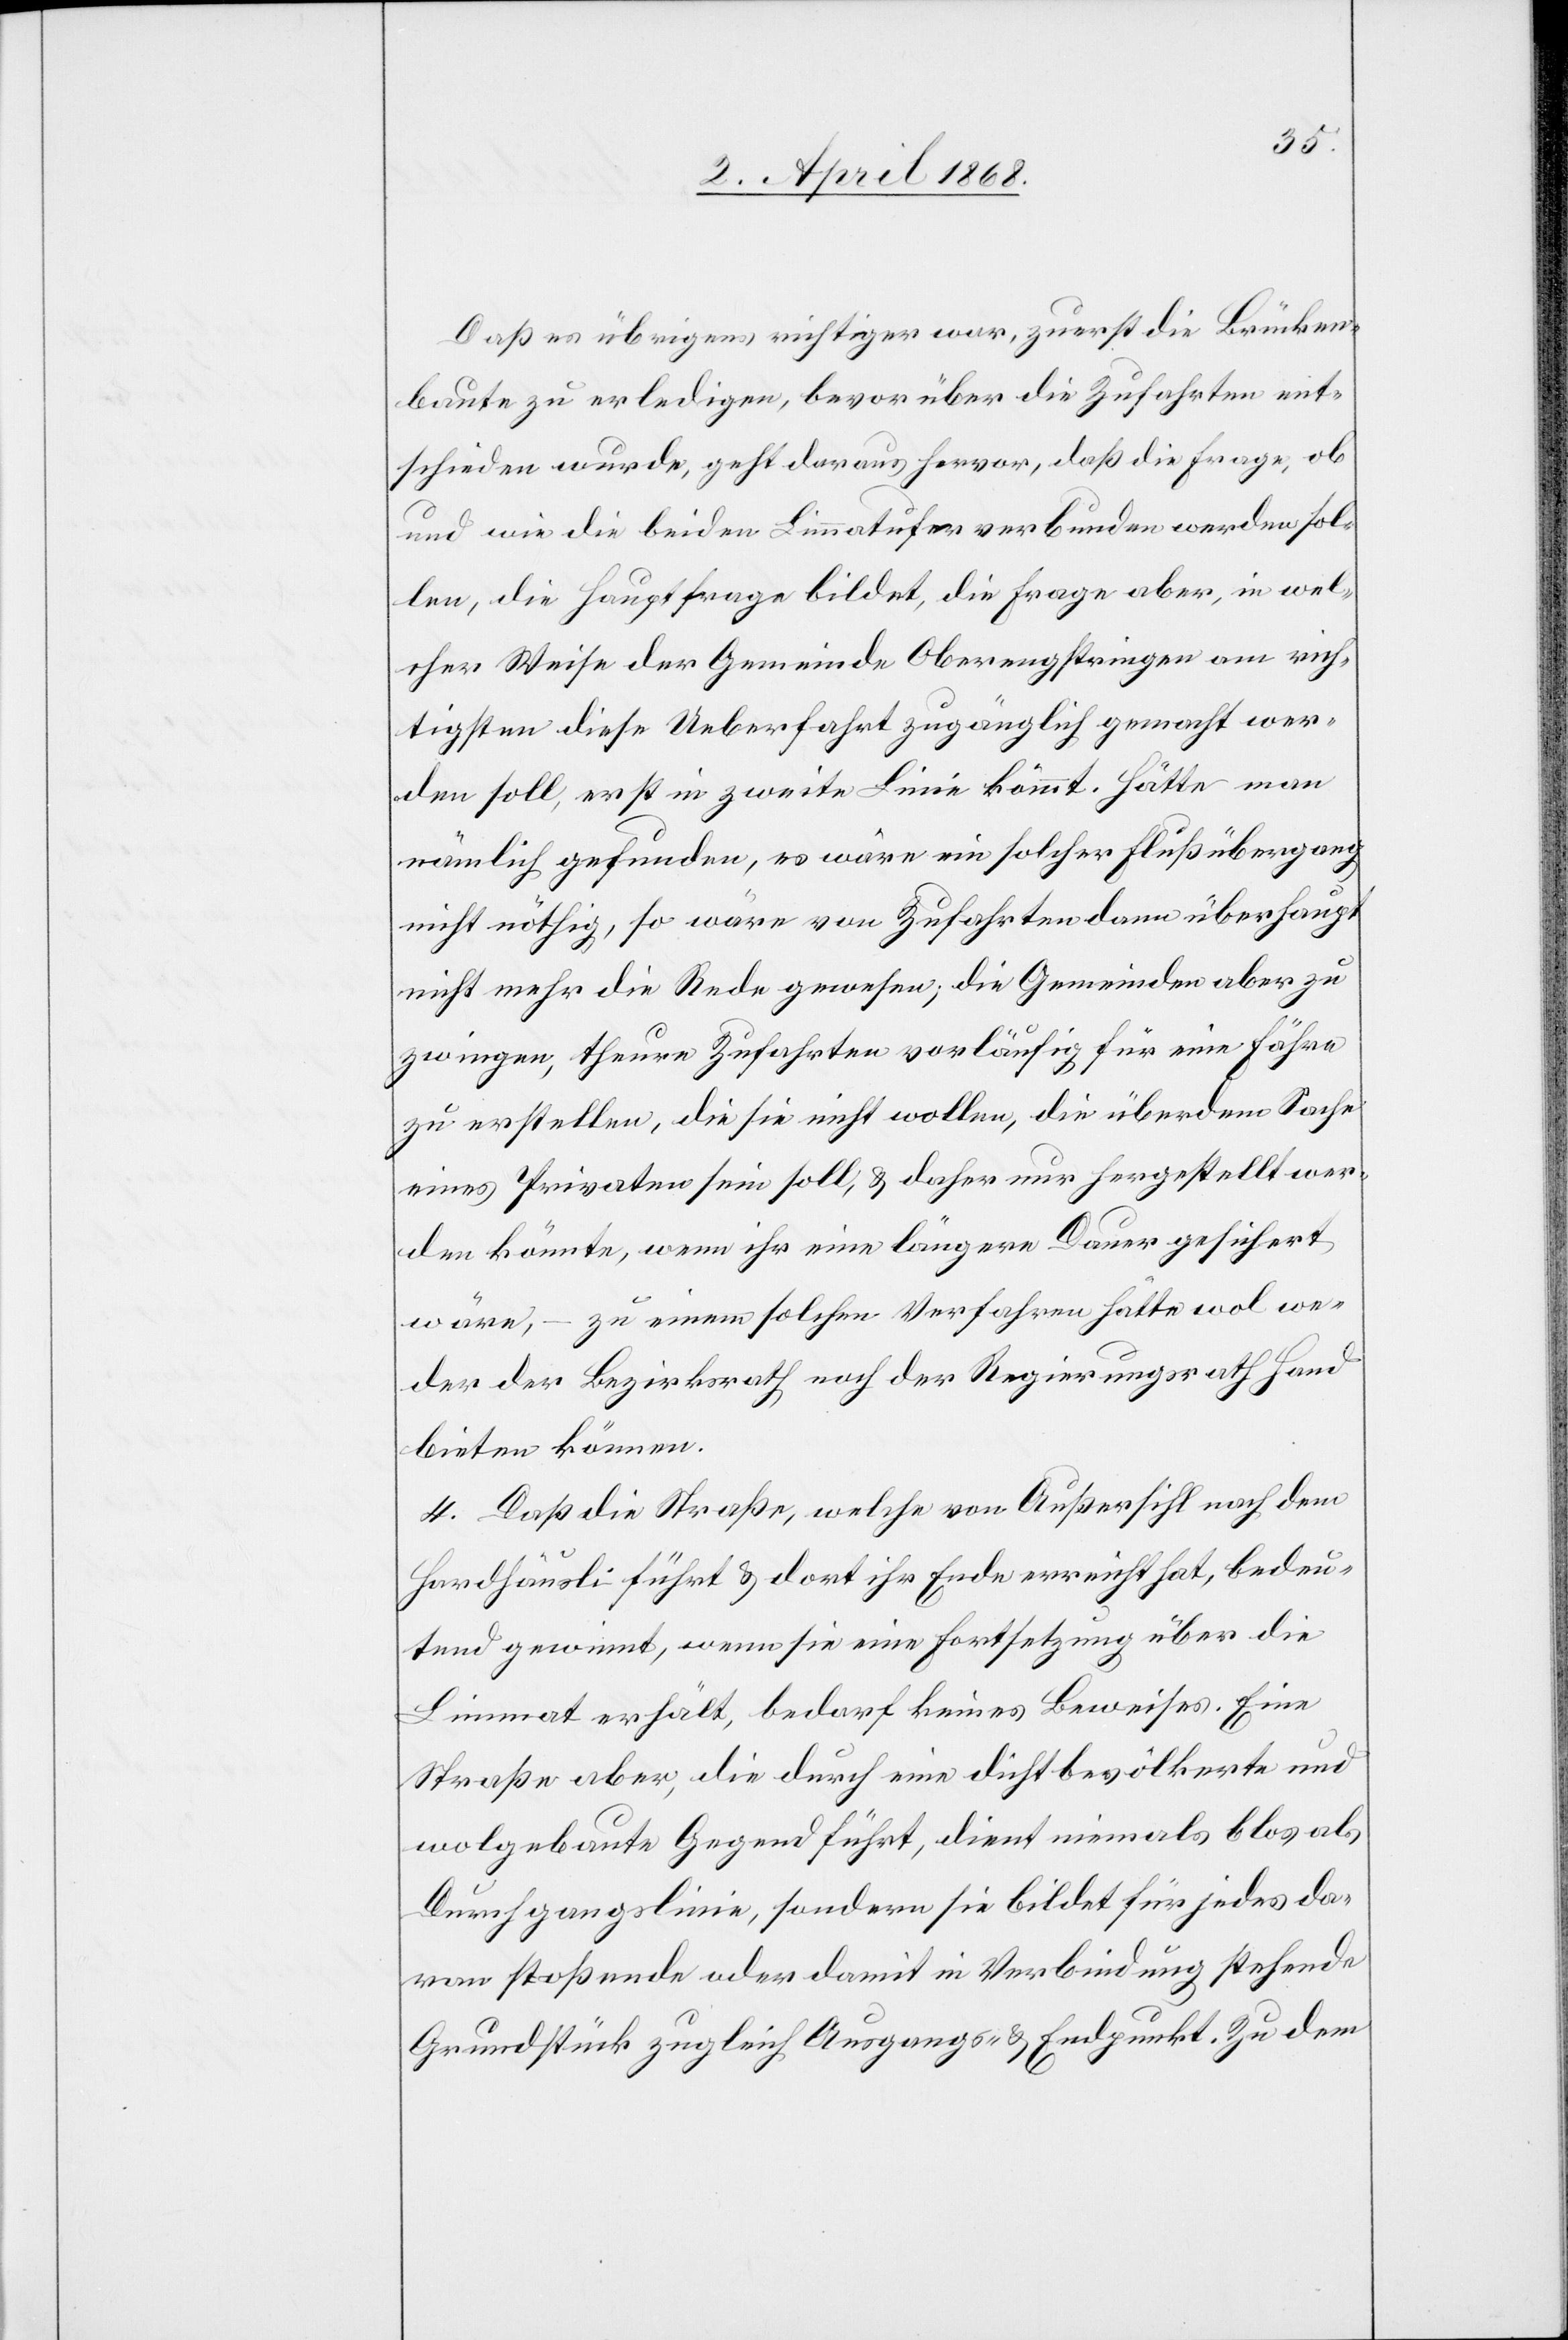
Daß es übrigens richtiger war, zuerst die Brücken¬
baute zu erledigen, bevor über die Zufahrten ent¬
schieden wurde, geht daraus hervor, daß die Frage, ob
und wie die beiden Limmatufer verbunden werden sol¬
len, die Hauptfrage bildet, die Frage aber, in wel¬
cher Weise der Gemeinde Oberengstringen am rich¬
tigsten diese Ueberfahrt zugänglich gemacht wer¬
den soll, erst in zweite Linie kömmt. Hätte man
nämlich gefunden, es wäre ein solcher Flußübergang
nicht nöthig, so wäre von Zufahrten dann überhaupt
nicht mehr die Rede gewesen; die Gemeinden aber zu
zwingen, theure Zufahrten vorläufig für eine Fähre
zu erstellen, die sie nicht wollen, die überdem Sache
eines Privaten sein soll, & daher nur hergestellt wer¬
den könnte, wenn ihr eine längere Dauer gesichert
wäre, – zu einem solchen Verfahren hätte wol we¬
der der Bezirksrath noch der Regierungsrath Hand
bieten können.
4. Daß die Straße, welche von Außersihl nach dem
Hardhäusli führt & dort ihr Ende erreicht hat, bedeu¬
tend gewinnt, wenn sie eine Fortsetzung über die
Limmat erhält, bedarf keines Beweises. Eine
Straße aber, die durch eine dichtbevölkerte und
wolgebaute Gegend führt, dient niemals blos als
Durchgangslinie, sondern sie bildet für jedes da¬
ran stoßende oder damit in Verbindung stehende
Grundstück zugleich Ausgangs- & Endpunkt. Zu dem